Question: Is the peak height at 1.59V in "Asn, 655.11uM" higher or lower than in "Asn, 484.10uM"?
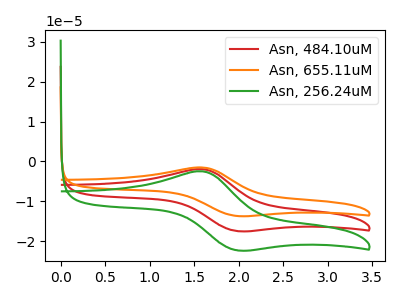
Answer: <think>The red curve "Asn, 484.10uM" has an anodic peak at (1.60V, -1.95uA) and a cathodic peak at (2.00V, -17.45uA). The orange curve "Asn, 655.11uM" has an anodic peak at (1.60V, -3.90uA) and a cathodic peak at (2.00V, -34.90uA). The green curve "Asn, 256.24uM" has an anodic peak at (1.60V, -2.50uA) and a cathodic peak at (2.00V, -22.30uA).</think>
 <answer>The peak at 1.59V is lower in "Asn, 655.11uM" than in "Asn, 484.10uM".</answer>
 <eval>lower</eval>